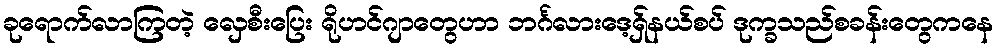
ခုရောက်လာကြတဲ့ လှေစီးပြေး ရိုဟင်ဂျာတွေဟာ ဘင်္ဂလားဒေ့ရှ်နယ်စပ် ဒုက္ခသည်စခန်းတွေကနေ